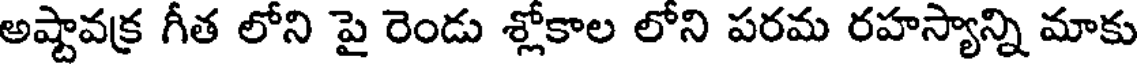
అష్టావక్ర గీత లోని పై రెండు శ్లోకాల లోని పరమ రహస్యాన్ని మాకు